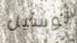
لوسيل